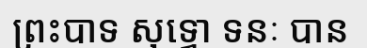
ព្រះបាទ សុទ្ធោ ទនៈ បាន